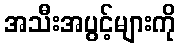
အသီးအပွင့်များကို